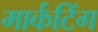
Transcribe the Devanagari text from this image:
मार्कटिंग